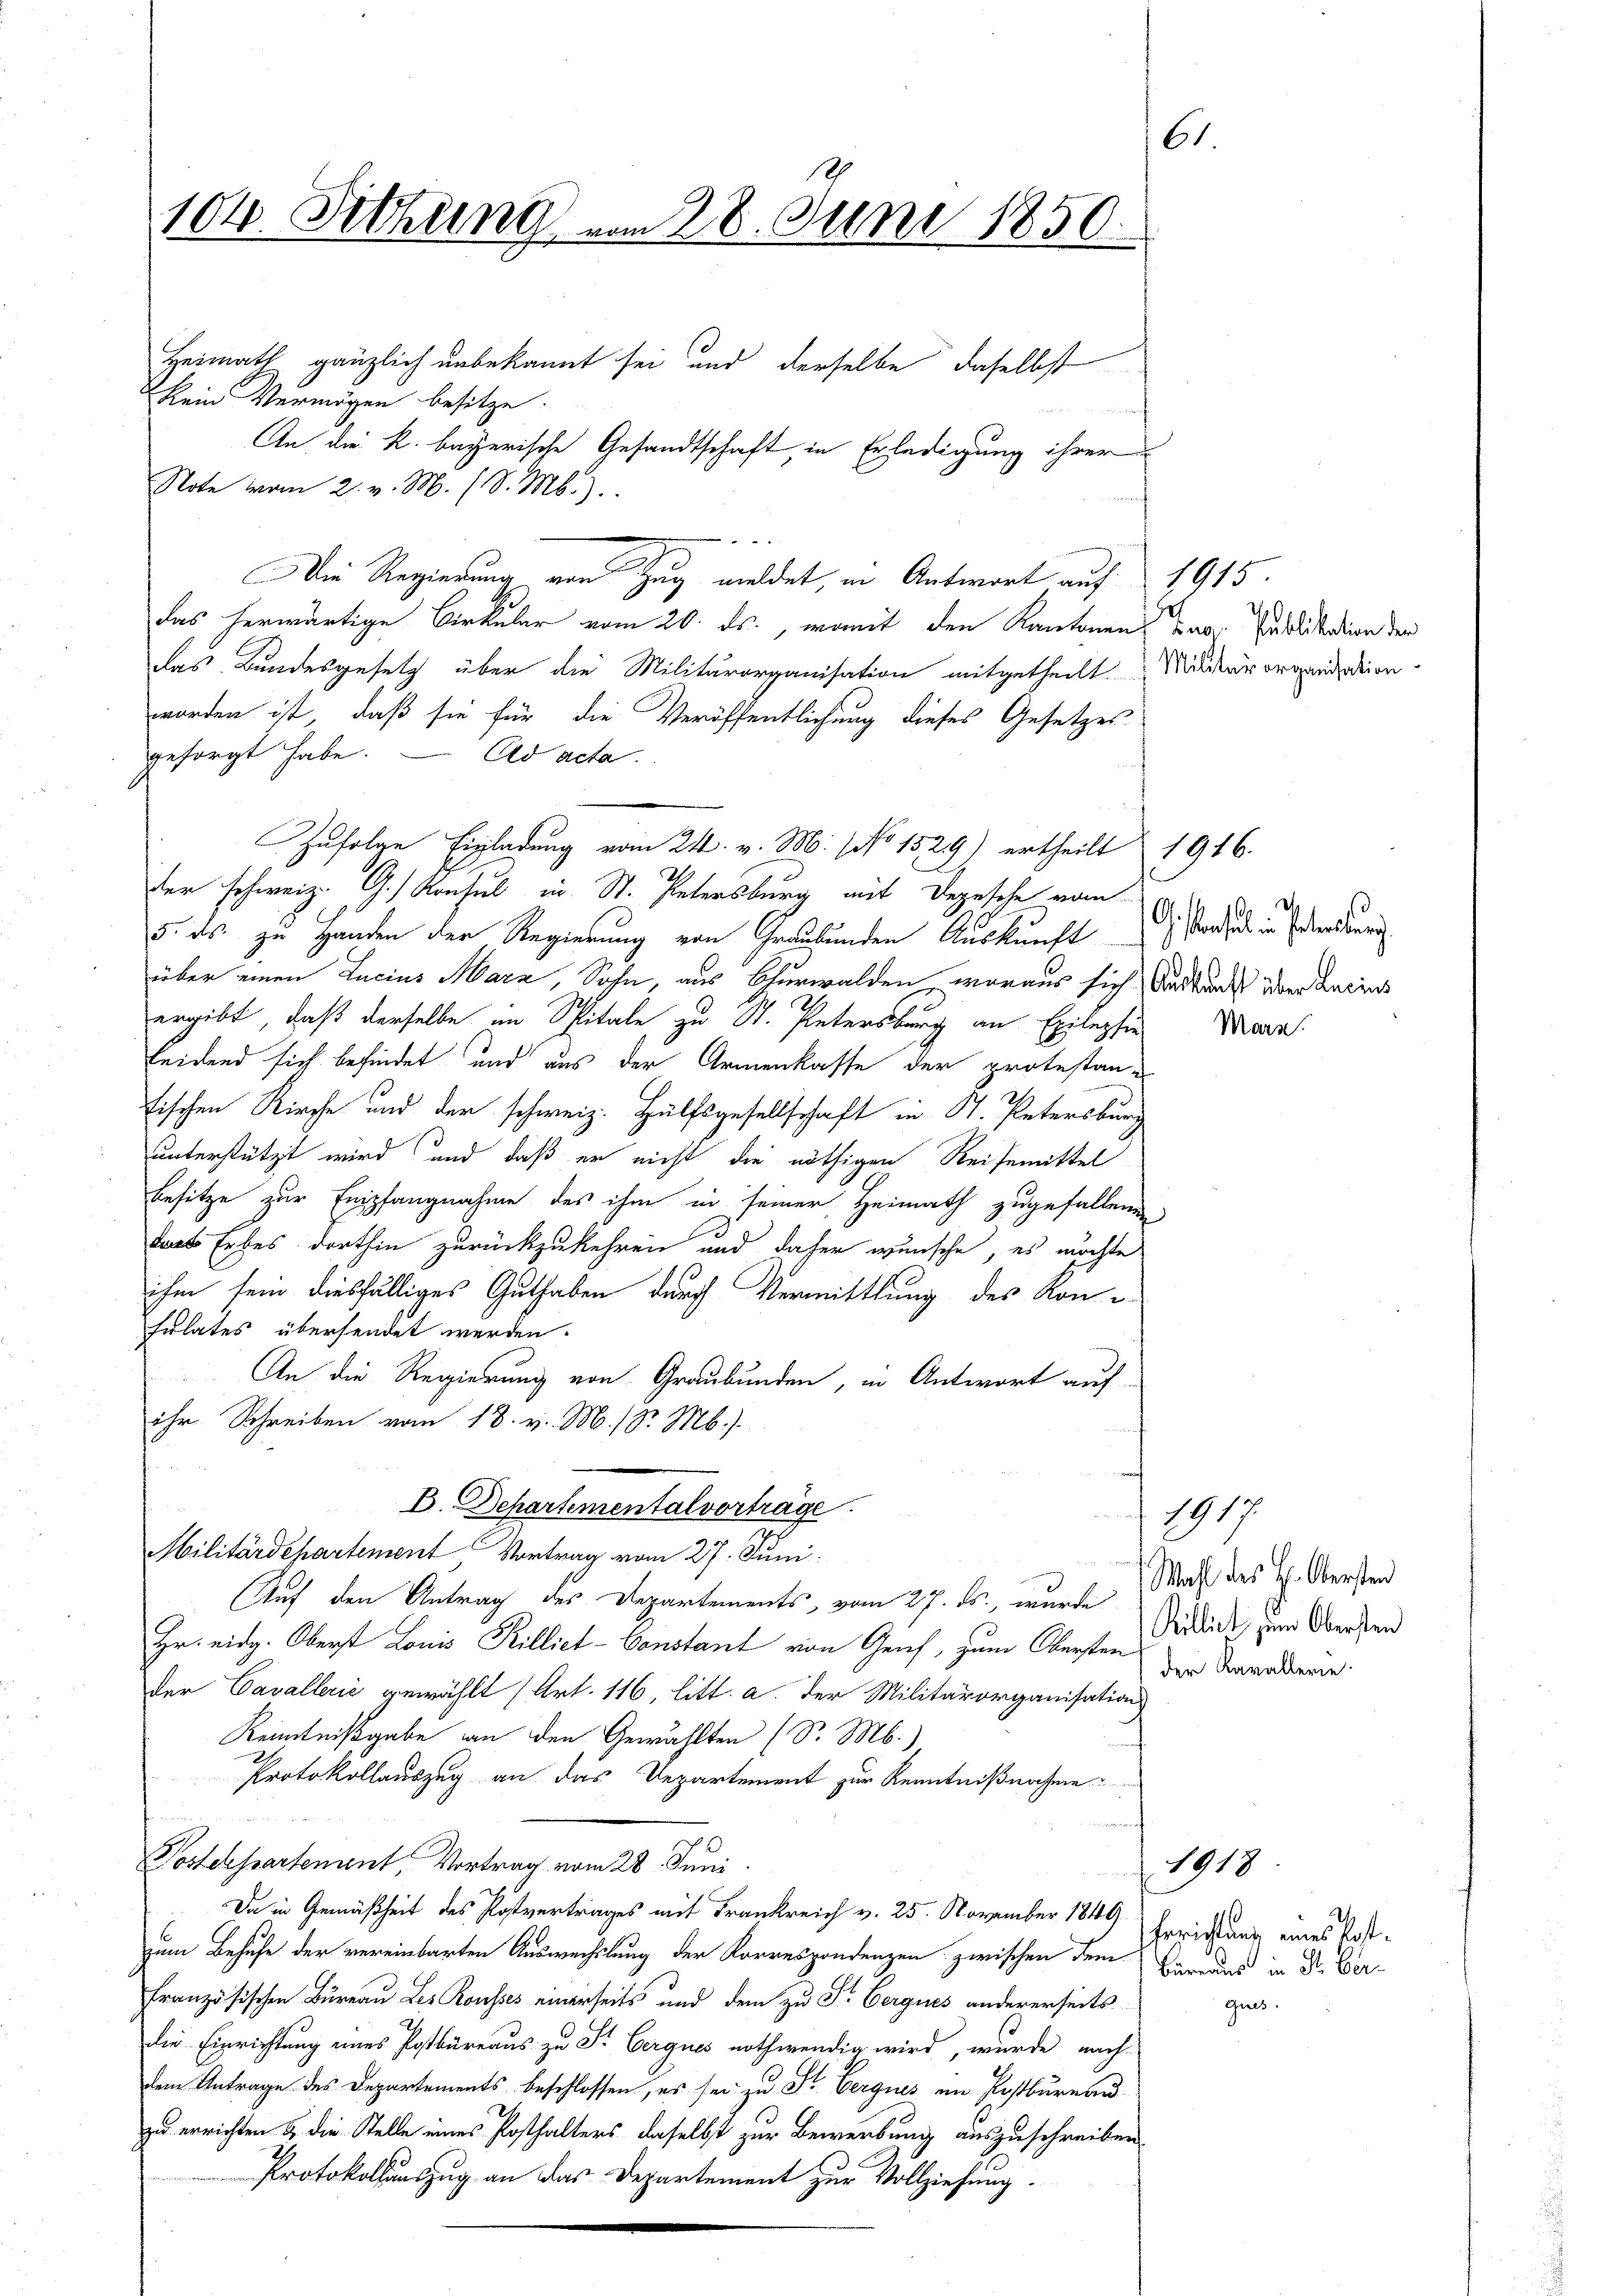
6.
104. Setzung am 28. Juni 1850.

Heimath gänzlich unbekannt sei und derselbe daselbst
Kein Vermögen besitze.
An die k. bayerische Gesandtschaft, in Erledigung ihrer
Note vom 2. v. M. (S. M.).
 0 x
Die Regierung von Zug meldet, in Antwort auf 1915.
das herwärtige Cirkular vom 20. ds., womit den Kantonens der Publikation der
das Bundesgesetz über die Militärorganisation mitgetheilt. Muster organddienworden ist, daß sie für die Veröffentlichung dieses Gesetzes
gesorgt habe.
Ad acta.
Zufolge Einladung vom 24. v. M. (fo 1529) ertheilt 1916.
2
der schweiz. G. Konsul in St. Untersburg mit Depesche vom
5. ds. zu Handen der Regierung von Graubünden Auskunft
über einen Lacius Harz, Sohn, aus Churwalden, woraus sich Auskauf dem Ansins
ergibt, daß derselbe im Spitale zu St. Petersburg an Epilepsie
leidend sich befindet und aus der Armenkasse der protestan-
ischen Kirche und der schweiz. Hülfsgesellschaft in St. Petersburg
unterstützt wird und daß er nicht die nöthigen Reisemittel
Besitze zur Empfangnahme des ihm in seiner Heimath zugefallenen
dats Erbes dorthin zurückzukehren und daher wünsche, es möchte
ihm sein diesfälliges Guthaben durch Vermittlung des Konsulates übersendet werden.
An die Regierung von Graubünden, in Antwort auf
ihr. Schreiben vom 18. v. M. / Sr. M.)
E. Departemental vorträge
Militärdepartement, Vortrag vom 27. Juni.
Auf den Antrag des Departements, vom 27. ds. wurde
Hr. eidg. Oberst Louis Pilliet-Constant von Genf, zum Obersten
der Cavallerić gewählt (Art. 116, litt. a. der Militärorganisations
Kenntnißgabe von den Gewählten (S. M.)
Protokollauszug an das Departement zur Kenntnißnahme
Postenssartement, Vortrag vom 28. Juni
Da in Gemäßheit des Postvertrages mit Frankreich v. 25. November 1849 Gerichtung eines Postzum Behufe der vereinbarten Auswechslung der Korrespondenzen zwischen dem Bereuer in Dr. Ver-
französischen Büreau Les Rousses einerseits und dem zu Dr. Cerques andererseits
die Einrichtung eines Postbüreaus zu Fr. Cergues nothwendig wird, wurde nach-
dem Antrage des Departements beschlossen, es sei zu St. Vergnes im Postbureau
zu errichten & die Stelle eines Posthalters daselbst zur Bewerbung auszuschreiben.
Protokollauszug an das Departement zur Vollziehung.

Gestandelt in erlesung

Mars

1917
Wahl des H. Obersten
Rilliet zum Obersten
der Kavallerie

1913

Gues